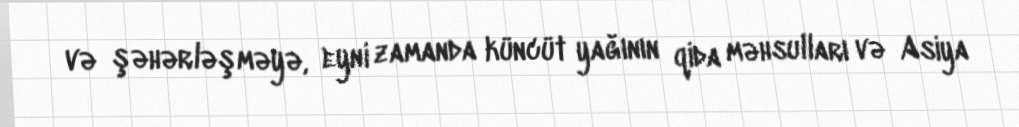
və şəhərləşməyə, eyni zamanda küncüt yağının qida məhsulları və Asiya